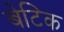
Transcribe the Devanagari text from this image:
बेटिक